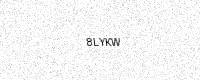
Text: 8LYKW